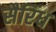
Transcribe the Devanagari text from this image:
सैरिंध